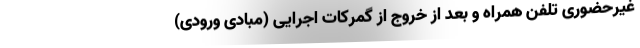
غیرحضوری تلفن‌ همراه و بعد از خروج از گمرکات اجرایی (مبادی ورودی)